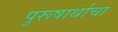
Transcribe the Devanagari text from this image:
पुरूषार्थाचा